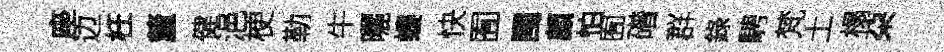
座边枉釐健浥梗勒牛曬螻快囿閩顧怕囿磳群錄騁梵土榻朶